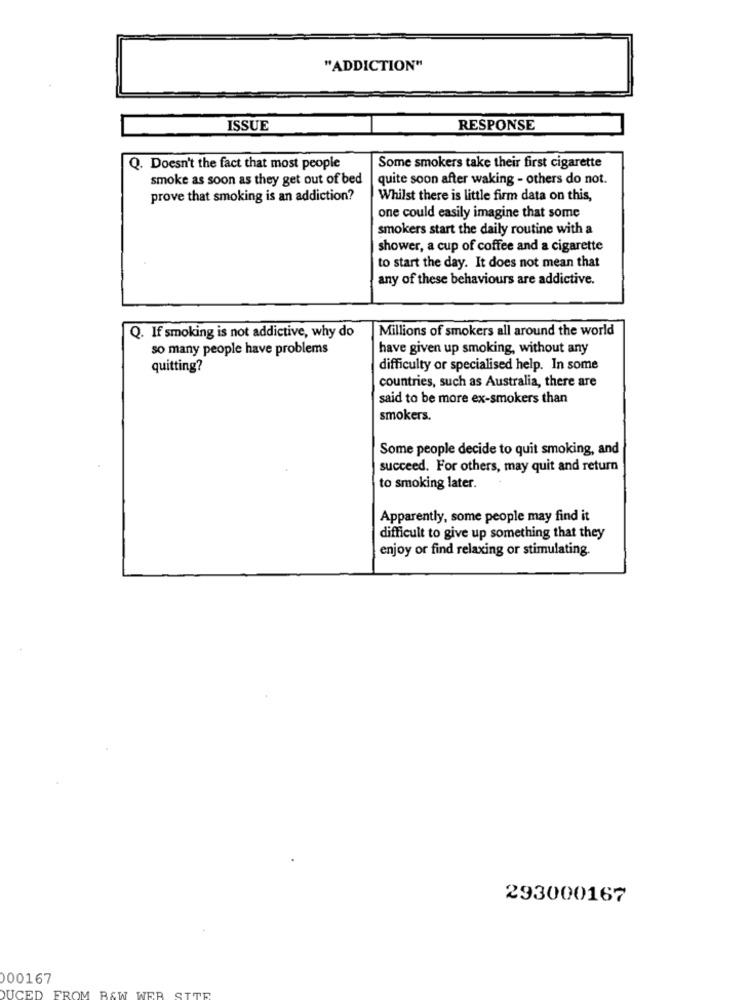
"ADDICTION"
ISSUE
RESPONSE
Q. Doesn't the fact that most people
Some smokers take their first cigarette
smoke as soon as they get out of bed
quite soon after waking - others do not.
prove that smoking is an addiction?
Whilst there is little firm data on this,
one could easily imagine that some
smokers start the daily routine with a
shower, a cup of coffee and a cigarette
to start the day. It does not mean that
any of these behaviours are addictive.
Millions of smokers all around the world
Q. If smoking is not addictive, why do
so many people have problems
have given up smoking, without any
quitting?
difficulty or specialised help. In some
countries, such as Australia, there are
said to be more ex-smokers than
smokers.
Some people decide to quit smoking, and
succeed. For others, may quit and return
to smoking later.
Apparently, some people may find it
difficult to give up something that they
enjoy or find relaxing or stimulating.
293000167
00167
WER
SITE
DUCED FROM B&W